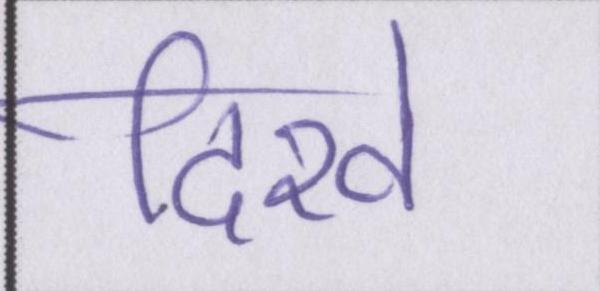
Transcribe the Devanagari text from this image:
दिखे